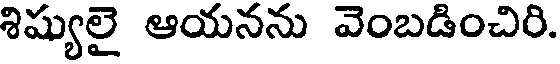
శిష్యులై ఆయనను వెంబడించిరి.